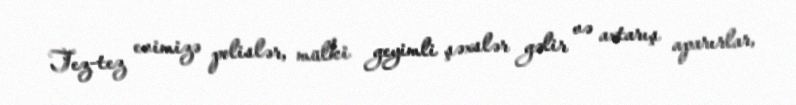
Tez-tez evimizə polislər, mülki geyimli şəxslər gəlir və axtarış aparırlar,